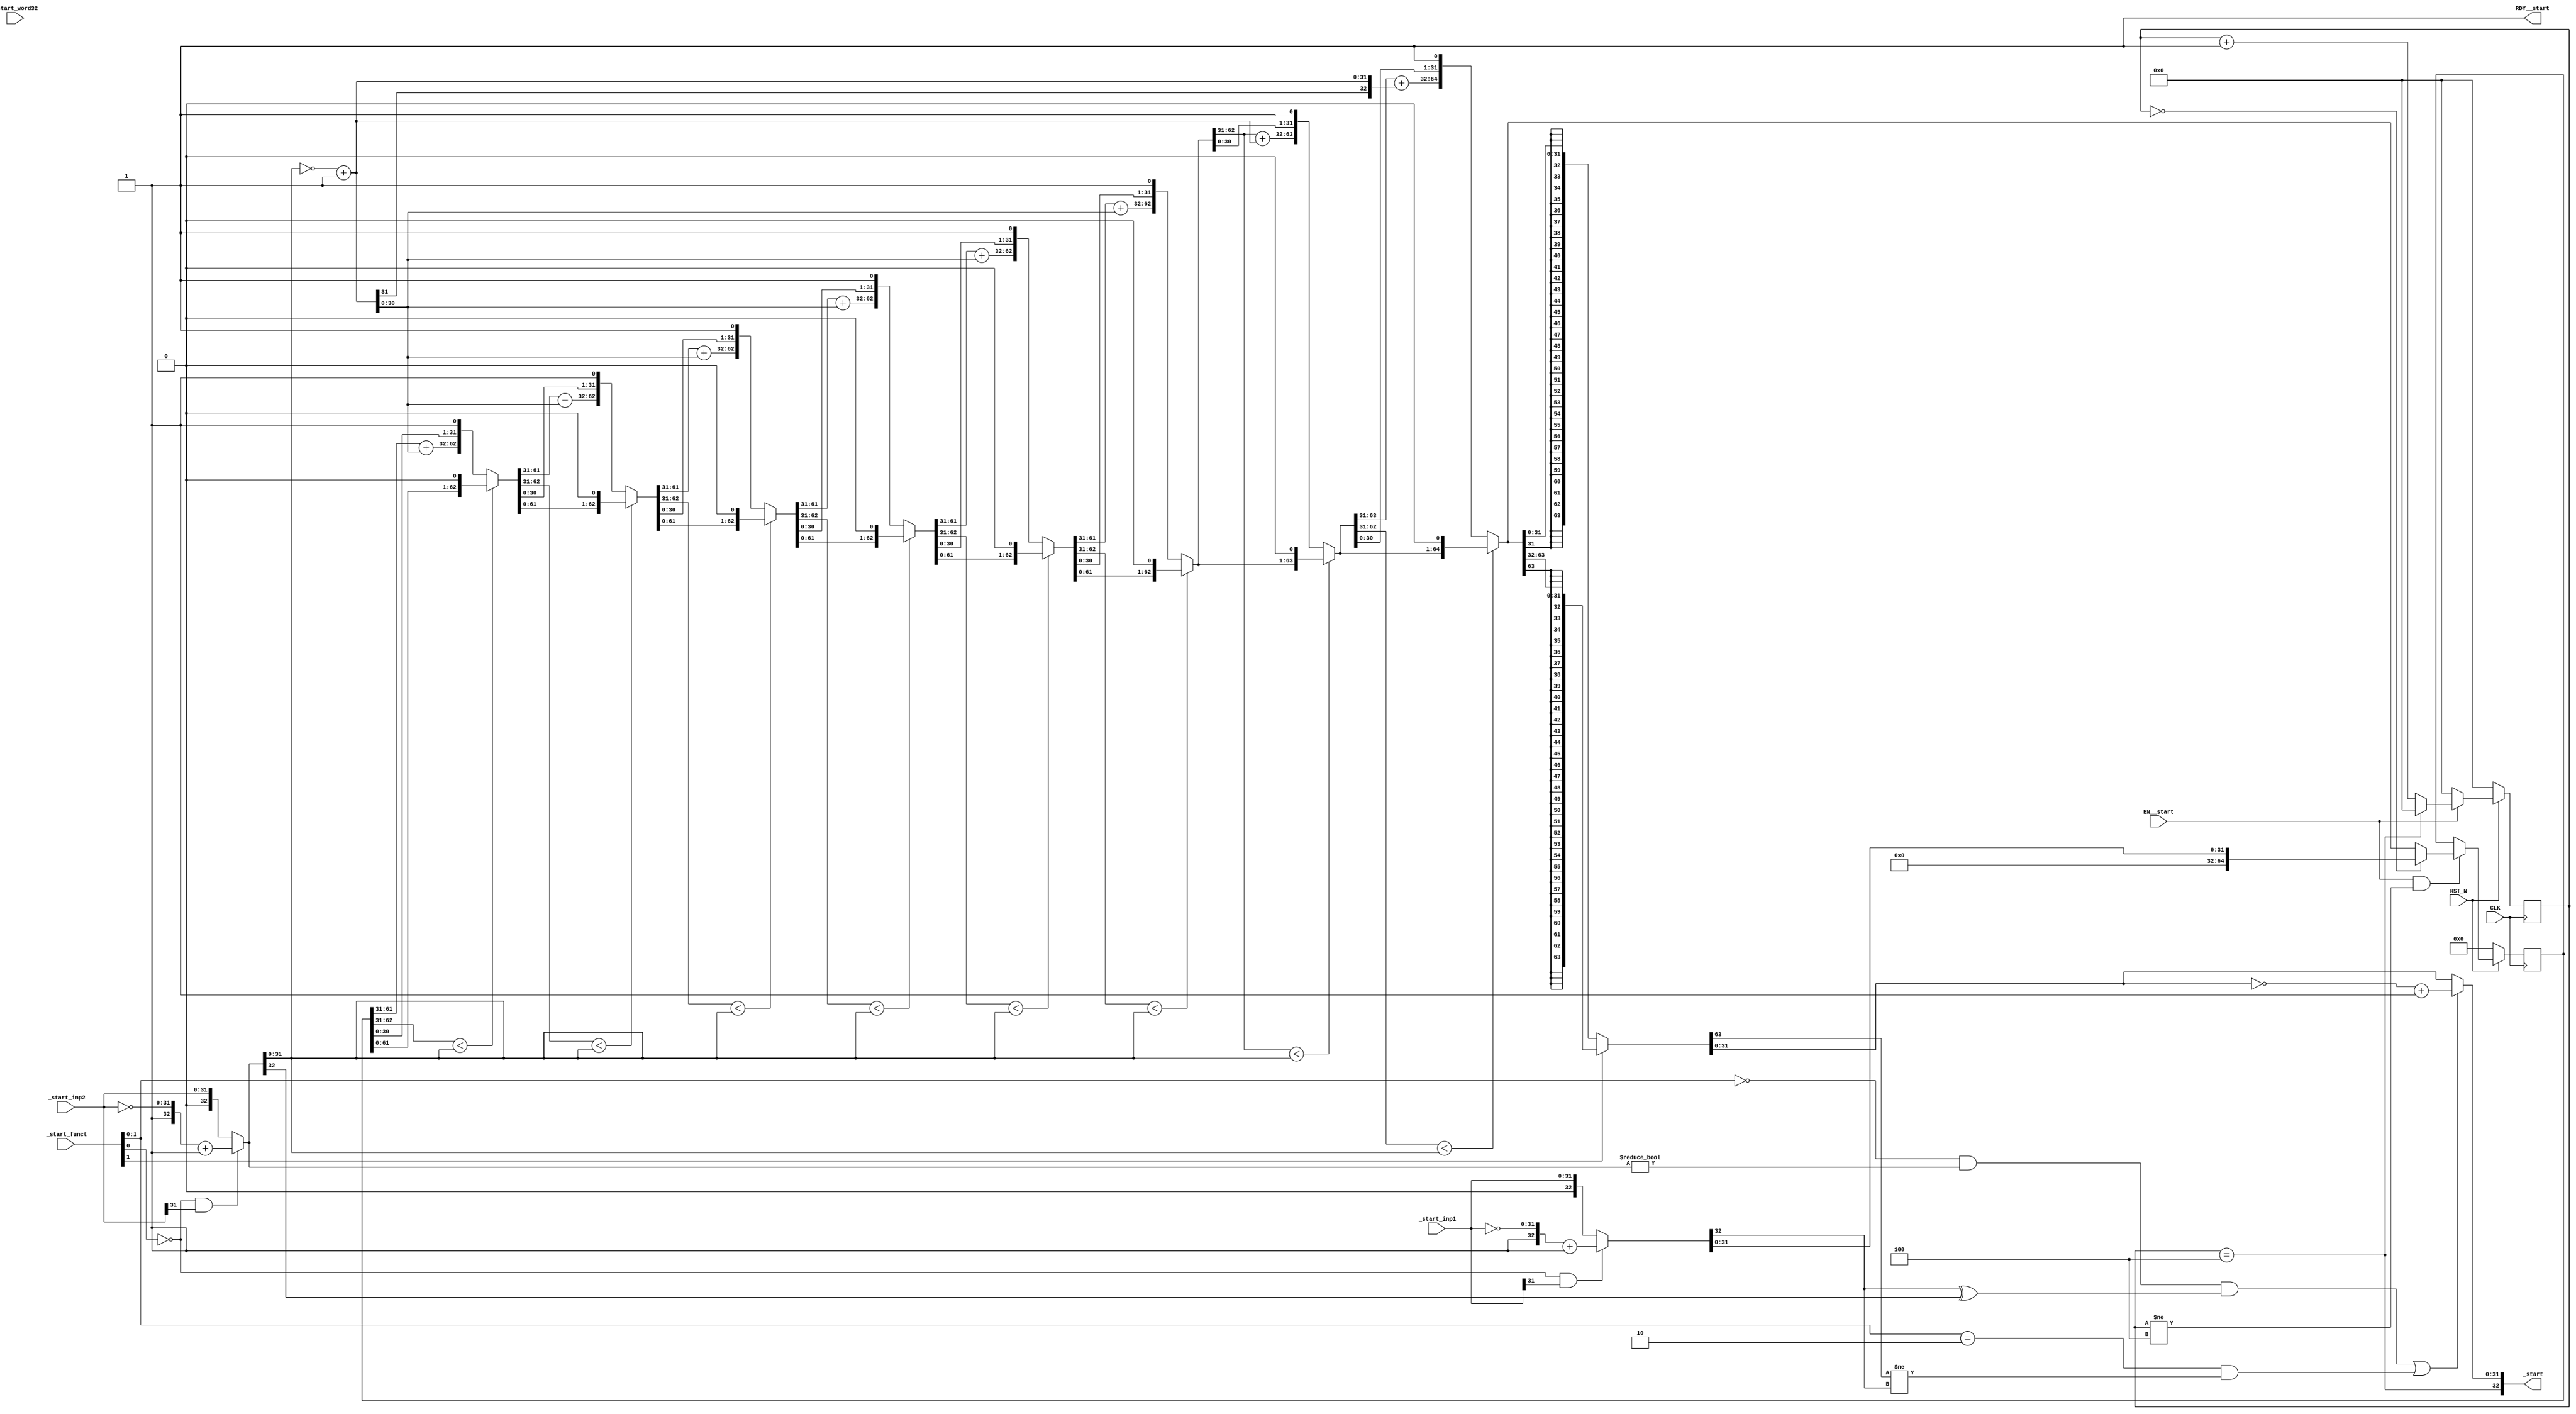
//
// Generated by Bluespec Compiler, version 2016.07.beta1 (build 34806, 2016-07-05)
//
// On Tue Mar 28 10:02:50 IST 2017
//
//
// Ports:
// Name                         I/O  size props
// _start                         O    33
// RDY__start                     O     1 const
// CLK                            I     1 clock
// RST_N                          I     1 reset
// _start_inp1                    I    32
// _start_inp2                    I    32
// _start_funct                   I     3
// _start_word32                  I     1 unused
// EN__start                      I     1
//
// Combinational paths from inputs to outputs:
//   (_start_inp1, _start_inp2, _start_funct) -> _start
//
//

`ifdef BSV_ASSIGNMENT_DELAY
`else
  `define BSV_ASSIGNMENT_DELAY
`endif

`ifdef BSV_POSITIVE_RESET
  `define BSV_RESET_VALUE 1'b1
  `define BSV_RESET_EDGE posedge
`else
  `define BSV_RESET_VALUE 1'b0
  `define BSV_RESET_EDGE negedge
`endif

module mkmuldiv(CLK,
		RST_N,

		_start_inp1,
		_start_inp2,
		_start_funct,
		_start_word32,
		EN__start,
		_start,
		RDY__start);
  input  CLK;
  input  RST_N;

  // actionvalue method _start
  input  [31 : 0] _start_inp1;
  input  [31 : 0] _start_inp2;
  input  [2 : 0] _start_funct;
  input  _start_word32;
  input  EN__start;
  output [32 : 0] _start;
  output RDY__start;

  // signals for module outputs
  wire [32 : 0] _start;
  wire RDY__start;

  // register partial_prod
  reg [64 : 0] partial_prod;
  wire [64 : 0] partial_prod$D_IN;
  wire partial_prod$EN;

  // register rg_state_counter
  reg [5 : 0] rg_state_counter;
  wire [5 : 0] rg_state_counter$D_IN;
  wire rg_state_counter$EN;

  // rule scheduling signals
  wire CAN_FIRE_RL_rg_state_counter__dreg_update,
       CAN_FIRE__start,
       WILL_FIRE_RL_rg_state_counter__dreg_update,
       WILL_FIRE__start;

  // remaining internal signals
  reg [5 : 0] x__h175;
  wire [64 : 0] IF_IF_IF_IF_IF_IF_IF_IF_partial_prod_0_BITS_62_ETC___d103,
		IF_IF_IF_IF_IF_IF_IF_partial_prod_0_BITS_62_TO_ETC___d94,
		IF_IF_IF_IF_IF_IF_partial_prod_0_BITS_62_TO_31_ETC___d85,
		IF_IF_IF_IF_IF_partial_prod_0_BITS_62_TO_31_1__ETC___d76,
		IF_IF_IF_IF_partial_prod_0_BITS_62_TO_31_1_ULT_ETC___d67,
		IF_IF_IF_partial_prod_0_BITS_62_TO_31_1_ULT_IF_ETC___d58,
		IF_IF_partial_prod_0_BITS_62_TO_31_1_ULT_IF_NO_ETC___d49,
		IF_NOT_start_funct_BIT_1_11_12_AND_start_funct_ETC__q3,
		IF_partial_prod_0_BITS_62_TO_31_1_ULT_IF_NOT_s_ETC___d40,
		_theResult_____2__h1903,
		remainder__h516,
		remainder__h537,
		remainder__h558,
		remainder__h579,
		remainder__h600,
		remainder__h621,
		remainder__h642,
		remainder__h663,
		temp1___1__h2094,
		temp1___2__h2072,
		temp1___2__h2118,
		x__h276;
  wire [32 : 0] IF_NOT_start_funct_BIT_0_0_AND_start_inp1_BIT__ETC___d17,
		IF_NOT_start_funct_BIT_0_0_AND_start_inp2_BIT__ETC___d28,
		SEXT_INV_IF_NOT_start_funct_BIT_0_0_AND_start__ETC___d36,
		sub__h262,
		sub__h517,
		sub__h538,
		sub__h559,
		sub__h580,
		sub__h601,
		sub__h622,
		sub__h643,
		sub__h664;
  wire [31 : 0] IF_IF_IF_IF_IF_IF_IF_IF_partial_prod_0_BITS_62_ETC__q1,
		IF_IF_IF_IF_IF_IF_IF_IF_partial_prod_0_BITS_62_ETC__q2,
		x__h1770;
  wire [5 : 0] x__h1917;
  wire NOT_start_funct_BIT_1_11_12_AND_start_funct_BI_ETC___d133;

  // actionvalue method _start
  assign _start =
	     { rg_state_counter == 6'd4,
	       IF_NOT_start_funct_BIT_1_11_12_AND_start_funct_ETC__q3[31:0] } ;
  assign RDY__start = 1'd1 ;
  assign CAN_FIRE__start = 1'd1 ;
  assign WILL_FIRE__start = EN__start ;

  // rule RL_rg_state_counter__dreg_update
  assign CAN_FIRE_RL_rg_state_counter__dreg_update = 1'd1 ;
  assign WILL_FIRE_RL_rg_state_counter__dreg_update = 1'd1 ;

  // register partial_prod
  assign partial_prod$D_IN =
	     (rg_state_counter == 6'd0) ?
	       x__h276 :
	       IF_IF_IF_IF_IF_IF_IF_IF_partial_prod_0_BITS_62_ETC___d103 ;
  assign partial_prod$EN = EN__start && rg_state_counter != 6'd4 ;

  // register rg_state_counter
  assign rg_state_counter$D_IN = EN__start ? x__h175 : 6'd0 ;
  assign rg_state_counter$EN = 1'd1 ;

  // remaining internal signals
  assign IF_IF_IF_IF_IF_IF_IF_IF_partial_prod_0_BITS_62_ETC___d103 =
	     (IF_IF_IF_IF_IF_IF_IF_partial_prod_0_BITS_62_TO_ETC___d94[62:31] <
	      IF_NOT_start_funct_BIT_0_0_AND_start_inp2_BIT__ETC___d28[31:0]) ?
	       remainder__h516 :
	       { sub__h517,
		 IF_IF_IF_IF_IF_IF_IF_partial_prod_0_BITS_62_TO_ETC___d94[30:0],
		 1'd1 } ;
  assign IF_IF_IF_IF_IF_IF_IF_IF_partial_prod_0_BITS_62_ETC__q1 =
	     IF_IF_IF_IF_IF_IF_IF_IF_partial_prod_0_BITS_62_ETC___d103[63:32] ;
  assign IF_IF_IF_IF_IF_IF_IF_IF_partial_prod_0_BITS_62_ETC__q2 =
	     IF_IF_IF_IF_IF_IF_IF_IF_partial_prod_0_BITS_62_ETC___d103[31:0] ;
  assign IF_IF_IF_IF_IF_IF_IF_partial_prod_0_BITS_62_TO_ETC___d94 =
	     (IF_IF_IF_IF_IF_IF_partial_prod_0_BITS_62_TO_31_ETC___d85[62:31] <
	      IF_NOT_start_funct_BIT_0_0_AND_start_inp2_BIT__ETC___d28[31:0]) ?
	       remainder__h537 :
	       { sub__h538,
		 IF_IF_IF_IF_IF_IF_partial_prod_0_BITS_62_TO_31_ETC___d85[30:0],
		 1'd1 } ;
  assign IF_IF_IF_IF_IF_IF_partial_prod_0_BITS_62_TO_31_ETC___d85 =
	     (IF_IF_IF_IF_IF_partial_prod_0_BITS_62_TO_31_1__ETC___d76[62:31] <
	      IF_NOT_start_funct_BIT_0_0_AND_start_inp2_BIT__ETC___d28[31:0]) ?
	       remainder__h558 :
	       { sub__h559,
		 IF_IF_IF_IF_IF_partial_prod_0_BITS_62_TO_31_1__ETC___d76[30:0],
		 1'd1 } ;
  assign IF_IF_IF_IF_IF_partial_prod_0_BITS_62_TO_31_1__ETC___d76 =
	     (IF_IF_IF_IF_partial_prod_0_BITS_62_TO_31_1_ULT_ETC___d67[62:31] <
	      IF_NOT_start_funct_BIT_0_0_AND_start_inp2_BIT__ETC___d28[31:0]) ?
	       remainder__h579 :
	       { sub__h580,
		 IF_IF_IF_IF_partial_prod_0_BITS_62_TO_31_1_ULT_ETC___d67[30:0],
		 1'd1 } ;
  assign IF_IF_IF_IF_partial_prod_0_BITS_62_TO_31_1_ULT_ETC___d67 =
	     (IF_IF_IF_partial_prod_0_BITS_62_TO_31_1_ULT_IF_ETC___d58[62:31] <
	      IF_NOT_start_funct_BIT_0_0_AND_start_inp2_BIT__ETC___d28[31:0]) ?
	       remainder__h600 :
	       { sub__h601,
		 IF_IF_IF_partial_prod_0_BITS_62_TO_31_1_ULT_IF_ETC___d58[30:0],
		 1'd1 } ;
  assign IF_IF_IF_partial_prod_0_BITS_62_TO_31_1_ULT_IF_ETC___d58 =
	     (IF_IF_partial_prod_0_BITS_62_TO_31_1_ULT_IF_NO_ETC___d49[62:31] <
	      IF_NOT_start_funct_BIT_0_0_AND_start_inp2_BIT__ETC___d28[31:0]) ?
	       remainder__h621 :
	       { sub__h622,
		 IF_IF_partial_prod_0_BITS_62_TO_31_1_ULT_IF_NO_ETC___d49[30:0],
		 1'd1 } ;
  assign IF_IF_partial_prod_0_BITS_62_TO_31_1_ULT_IF_NO_ETC___d49 =
	     (IF_partial_prod_0_BITS_62_TO_31_1_ULT_IF_NOT_s_ETC___d40[62:31] <
	      IF_NOT_start_funct_BIT_0_0_AND_start_inp2_BIT__ETC___d28[31:0]) ?
	       remainder__h642 :
	       { sub__h643,
		 IF_partial_prod_0_BITS_62_TO_31_1_ULT_IF_NOT_s_ETC___d40[30:0],
		 1'd1 } ;
  assign IF_NOT_start_funct_BIT_0_0_AND_start_inp1_BIT__ETC___d17 =
	     (!_start_funct[0] && _start_inp1[31]) ?
	       { 1'd1, ~_start_inp1 } + 33'd1 :
	       { 1'd0, _start_inp1 } ;
  assign IF_NOT_start_funct_BIT_0_0_AND_start_inp2_BIT__ETC___d28 =
	     (!_start_funct[0] && _start_inp2[31]) ?
	       { 1'd1, ~_start_inp2 } + 33'd1 :
	       { 1'd0, _start_inp2 } ;
  assign IF_NOT_start_funct_BIT_1_11_12_AND_start_funct_ETC__q3 =
	     NOT_start_funct_BIT_1_11_12_AND_start_funct_BI_ETC___d133 ?
	       temp1___2__h2072 :
	       _theResult_____2__h1903 ;
  assign IF_partial_prod_0_BITS_62_TO_31_1_ULT_IF_NOT_s_ETC___d40 =
	     (partial_prod[62:31] <
	      IF_NOT_start_funct_BIT_0_0_AND_start_inp2_BIT__ETC___d28[31:0]) ?
	       remainder__h663 :
	       { sub__h664, partial_prod[30:0], 1'd1 } ;
  assign NOT_start_funct_BIT_1_11_12_AND_start_funct_BI_ETC___d133 =
	     _start_funct[1:0] == 2'd0 &&
	     IF_NOT_start_funct_BIT_0_0_AND_start_inp2_BIT__ETC___d28 !=
	     33'd0 &&
	     IF_NOT_start_funct_BIT_0_0_AND_start_inp1_BIT__ETC___d17[32] ^
	     IF_NOT_start_funct_BIT_0_0_AND_start_inp2_BIT__ETC___d28[32] ||
	     _start_funct[1:0] == 2'b10 &&
	     _theResult_____2__h1903[63] !=
	     IF_NOT_start_funct_BIT_0_0_AND_start_inp1_BIT__ETC___d17[32] ;
  assign SEXT_INV_IF_NOT_start_funct_BIT_0_0_AND_start__ETC___d36 =
	     { x__h1770[31], x__h1770 } ;
  assign _theResult_____2__h1903 =
	     _start_funct[1] ? temp1___1__h2094 : temp1___2__h2118 ;
  assign remainder__h516 =
	     { IF_IF_IF_IF_IF_IF_IF_partial_prod_0_BITS_62_TO_ETC___d94[63:0],
	       1'd0 } ;
  assign remainder__h537 =
	     { IF_IF_IF_IF_IF_IF_partial_prod_0_BITS_62_TO_31_ETC___d85[63:0],
	       1'd0 } ;
  assign remainder__h558 =
	     { IF_IF_IF_IF_IF_partial_prod_0_BITS_62_TO_31_1__ETC___d76[63:0],
	       1'd0 } ;
  assign remainder__h579 =
	     { IF_IF_IF_IF_partial_prod_0_BITS_62_TO_31_1_ULT_ETC___d67[63:0],
	       1'd0 } ;
  assign remainder__h600 =
	     { IF_IF_IF_partial_prod_0_BITS_62_TO_31_1_ULT_IF_ETC___d58[63:0],
	       1'd0 } ;
  assign remainder__h621 =
	     { IF_IF_partial_prod_0_BITS_62_TO_31_1_ULT_IF_NO_ETC___d49[63:0],
	       1'd0 } ;
  assign remainder__h642 =
	     { IF_partial_prod_0_BITS_62_TO_31_1_ULT_IF_NOT_s_ETC___d40[63:0],
	       1'd0 } ;
  assign remainder__h663 = { partial_prod[63:0], 1'd0 } ;
  assign sub__h262 =
	     partial_prod[64:32] +
	     SEXT_INV_IF_NOT_start_funct_BIT_0_0_AND_start__ETC___d36 ;
  assign sub__h517 =
	     IF_IF_IF_IF_IF_IF_IF_partial_prod_0_BITS_62_TO_ETC___d94[63:31] +
	     SEXT_INV_IF_NOT_start_funct_BIT_0_0_AND_start__ETC___d36 ;
  assign sub__h538 =
	     IF_IF_IF_IF_IF_IF_partial_prod_0_BITS_62_TO_31_ETC___d85[63:31] +
	     SEXT_INV_IF_NOT_start_funct_BIT_0_0_AND_start__ETC___d36 ;
  assign sub__h559 =
	     IF_IF_IF_IF_IF_partial_prod_0_BITS_62_TO_31_1__ETC___d76[63:31] +
	     SEXT_INV_IF_NOT_start_funct_BIT_0_0_AND_start__ETC___d36 ;
  assign sub__h580 =
	     IF_IF_IF_IF_partial_prod_0_BITS_62_TO_31_1_ULT_ETC___d67[63:31] +
	     SEXT_INV_IF_NOT_start_funct_BIT_0_0_AND_start__ETC___d36 ;
  assign sub__h601 =
	     IF_IF_IF_partial_prod_0_BITS_62_TO_31_1_ULT_IF_ETC___d58[63:31] +
	     SEXT_INV_IF_NOT_start_funct_BIT_0_0_AND_start__ETC___d36 ;
  assign sub__h622 =
	     IF_IF_partial_prod_0_BITS_62_TO_31_1_ULT_IF_NO_ETC___d49[63:31] +
	     SEXT_INV_IF_NOT_start_funct_BIT_0_0_AND_start__ETC___d36 ;
  assign sub__h643 =
	     IF_partial_prod_0_BITS_62_TO_31_1_ULT_IF_NOT_s_ETC___d40[63:31] +
	     SEXT_INV_IF_NOT_start_funct_BIT_0_0_AND_start__ETC___d36 ;
  assign sub__h664 =
	     partial_prod[63:31] +
	     SEXT_INV_IF_NOT_start_funct_BIT_0_0_AND_start__ETC___d36 ;
  assign temp1___1__h2094 =
	     { {33{IF_IF_IF_IF_IF_IF_IF_IF_partial_prod_0_BITS_62_ETC__q1[31]}},
	       IF_IF_IF_IF_IF_IF_IF_IF_partial_prod_0_BITS_62_ETC__q1 } ;
  assign temp1___2__h2072 = ~_theResult_____2__h1903 + 65'd1 ;
  assign temp1___2__h2118 =
	     { {33{IF_IF_IF_IF_IF_IF_IF_IF_partial_prod_0_BITS_62_ETC__q2[31]}},
	       IF_IF_IF_IF_IF_IF_IF_IF_partial_prod_0_BITS_62_ETC__q2 } ;
  assign x__h1770 =
	     ~IF_NOT_start_funct_BIT_0_0_AND_start_inp2_BIT__ETC___d28[31:0] +
	     32'd1 ;
  assign x__h1917 = rg_state_counter + 6'd1 ;
  assign x__h276 =
	     { 33'd0,
	       IF_NOT_start_funct_BIT_0_0_AND_start_inp1_BIT__ETC___d17[31:0] } ;
  always@(rg_state_counter or x__h1917)
  begin
    case (rg_state_counter)
      6'd0: x__h175 = x__h1917;
      6'd4: x__h175 = 6'd0;
      default: x__h175 = x__h1917;
    endcase
  end

  // handling of inlined registers

  always@(posedge CLK)
  begin
    if (RST_N == `BSV_RESET_VALUE)
      begin
        partial_prod <= `BSV_ASSIGNMENT_DELAY 65'd0;
	rg_state_counter <= `BSV_ASSIGNMENT_DELAY 6'd0;
      end
    else
      begin
        if (partial_prod$EN)
	  partial_prod <= `BSV_ASSIGNMENT_DELAY partial_prod$D_IN;
	if (rg_state_counter$EN)
	  rg_state_counter <= `BSV_ASSIGNMENT_DELAY rg_state_counter$D_IN;
      end
  end

  // synopsys translate_off
  `ifdef BSV_NO_INITIAL_BLOCKS
  `else // not BSV_NO_INITIAL_BLOCKS
  initial
  begin
    partial_prod = 65'h0AAAAAAAAAAAAAAAA;
    rg_state_counter = 6'h2A;
  end
  `endif // BSV_NO_INITIAL_BLOCKS
  // synopsys translate_on

  // handling of system tasks

  // synopsys translate_off
  always@(negedge CLK)
  begin
    #0;
    if (RST_N != `BSV_RESET_VALUE)
      if (EN__start && rg_state_counter != 6'd0)
	$display("Division. Partial :%h Sub: %h Counter: %d",
		 IF_IF_IF_IF_IF_IF_IF_IF_partial_prod_0_BITS_62_ETC___d103,
		 sub__h262,
		 rg_state_counter);
  end
  // synopsys translate_on
endmodule  // mkmuldiv